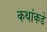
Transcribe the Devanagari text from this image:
कथांकडे